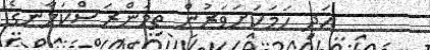
އަދި ހަމަކަށަވަރުން ތިމަންރަސްކަލާނގެ